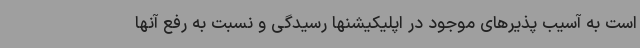
است به آسیب پذیرهای موجود در اپلیکیشنها رسیدگی و نسبت به رفع آنها